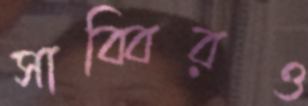
সাব্বিরও